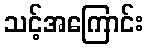
သင့်အကြောင်း